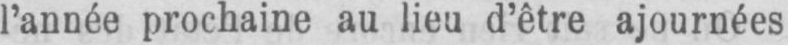
l’année prochaine au lieu d’être ajournées